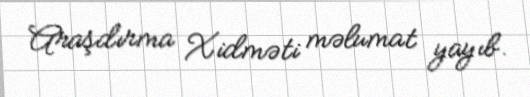
Araşdırma Xidməti məlumat yayıb.